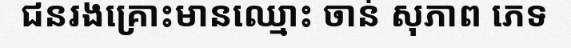
ជនរងគ្រោះមានឈ្មោះ ចាន់ សុភាព ភេទ